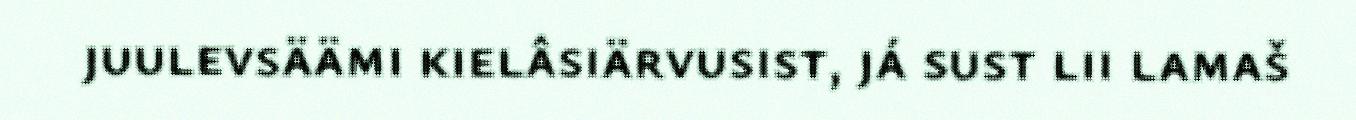
juulevsäämi kielâsiärvusist, já sust lii lamaš